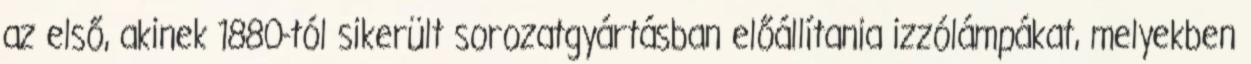
az első, akinek 1880-tól sikerült sorozatgyártásban előállítania izzólámpákat, melyekben